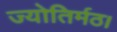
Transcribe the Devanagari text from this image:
ज्योतिर्मठ।